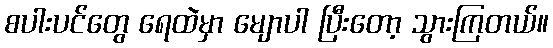
စပါးပင်တွေ ရေထဲမှာ မျောပါ ပြီးတော့ သွားကြတယ်။